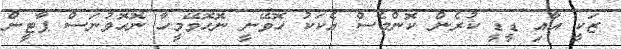
ޒަކީ އާއި ޑީޑީ ކުރެން ކޮންމެސް އެކަކު ހޮވޭނީ ނޮހޮވޭމީހާ ނޮހޮވުނަސް ޕާޓީން